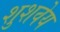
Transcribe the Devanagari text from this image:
शुशवेय